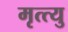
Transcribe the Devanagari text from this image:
मृत्त्यु